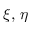
\xi , \, \eta